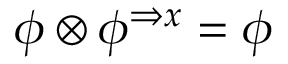
\phi \otimes \phi ^ { \Rightarrow x } = \phi